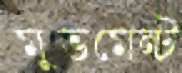
মুভমেন্ট